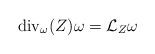
LaTeX: \begin{align*}{\rm div}_{\omega}(Z)\omega=\mathcal{L}_Z\omega\end{align*}